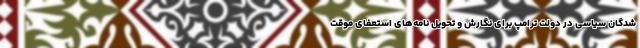
شدگان سیاسی در دولت ترامپ برای نگارش و تحویل نامه‌های استعفای موقت